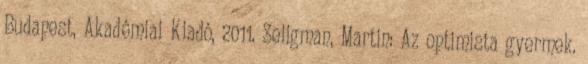
Budapest, Akadémiai Kiadó, 2011. Seligman, Martin: Az optimista gyermek.